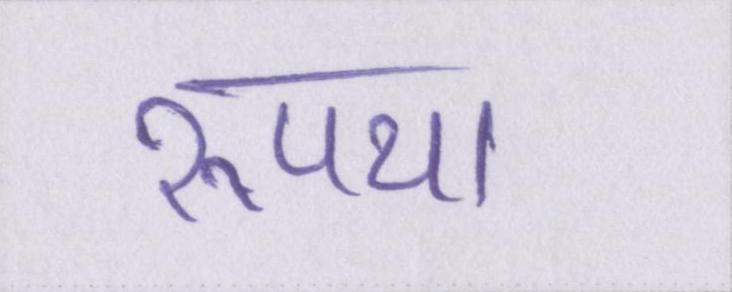
रूपया